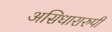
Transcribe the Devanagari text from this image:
असिधारारुपी